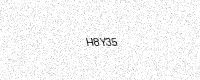
Text: H8Y35